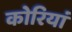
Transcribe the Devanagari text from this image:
कोरियां